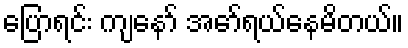
ပြောရင်း ကျနော် အော်ရယ်နေမိတယ်။